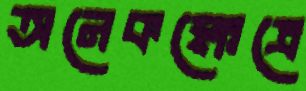
অনেকক্ষেত্রে